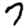
Digit: 7